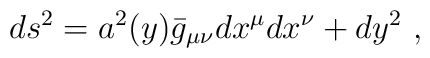
ds^{2}=a^{2}(y)\bar{g}_{\mu\nu}dx^{\mu}dx^{\nu}+dy^{2}\ ,